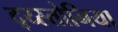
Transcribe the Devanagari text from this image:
द्य्स्तोनिया